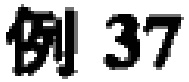
例 37